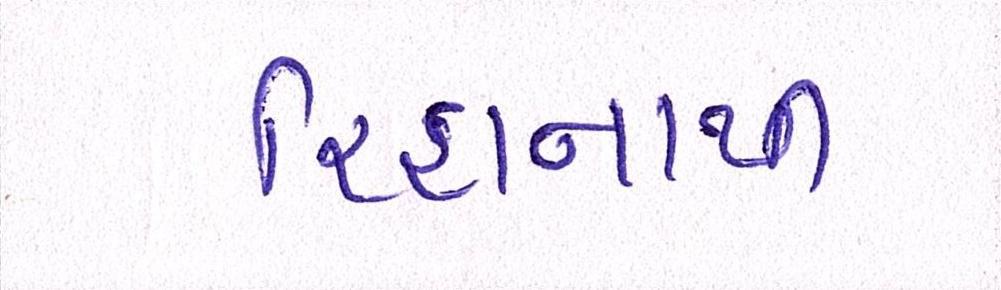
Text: રિહાનાથી